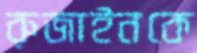
রুজাইনকে